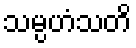
သမ္ပဟံသတိ